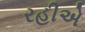
રહીએ